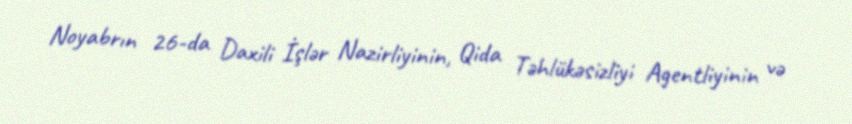
Noyabrın 26-da Daxili İşlər Nazirliyinin, Qida Təhlükəsizliyi Agentliyinin və